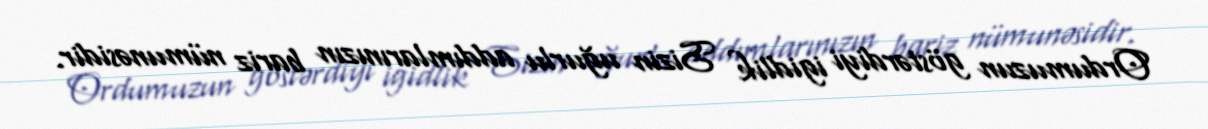
Ordumuzun göstərdiyi igidlik Sizin uğurlu addımlarınızın bariz nümunəsidir.